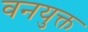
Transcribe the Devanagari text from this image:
वनयुक्त